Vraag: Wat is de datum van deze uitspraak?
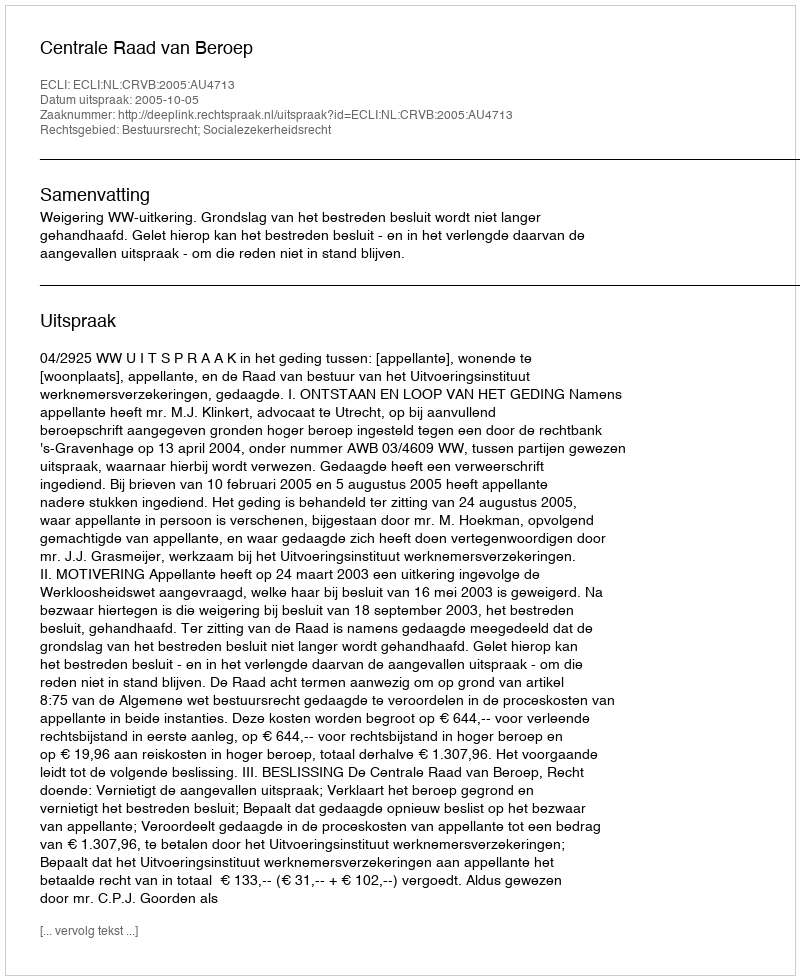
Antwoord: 2005-10-05